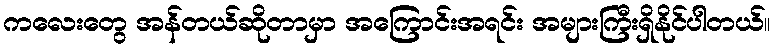
ကလေးတွေ အန်တယ်ဆိုတာမှာ အကြောင်းအရင်း အများကြီးရှိနိုင်ပါတယ်။